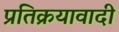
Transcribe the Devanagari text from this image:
प्रतिक्रयावादी